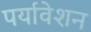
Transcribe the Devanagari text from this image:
पर्यावेशन